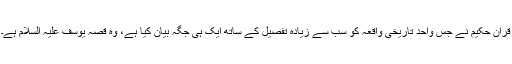
قرآن حکیم نے جس واحد تاریخی واقعہ کو سب سے زیادہ تفصیل کے ساتھ ایک ہی جگہ بیان کیا ہے، وہ قصۂ یوسف علیہ السلام ہے۔